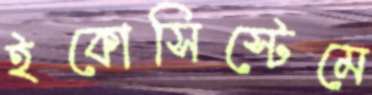
ইকোসিস্টেমে